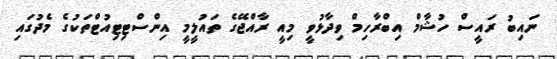
ނައިބު ރައީސް ހުޝާމް އިބްރާހިމް ވިދާޅުވީ މިއީ ރާއްޖޭގެ ތައުލީމީ އިންސްޓިޓިއުޓްތަކުގެ މެދުގައި